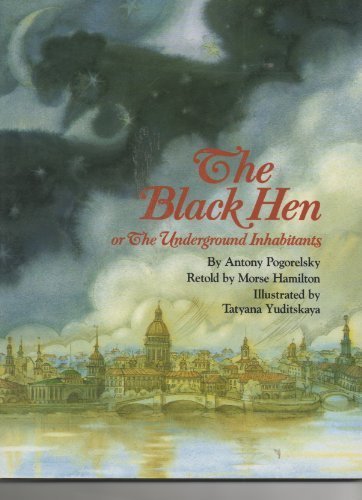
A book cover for The Black Hen or The Underground Inhabitants; Antony Pogorelsky; Children's Books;